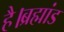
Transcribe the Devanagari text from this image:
है।ब्रह्मांड